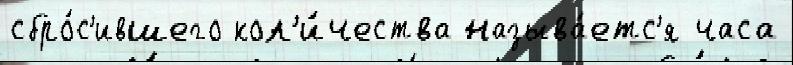
сбро́с'ившего кол'и́чества называ́етс'я часа